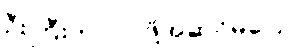
ဦးကြီးက လာဖို့အဆင်မပြေ။